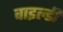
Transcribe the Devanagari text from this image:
वाइल्डी